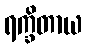
ရက္ခိတာယ